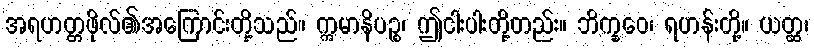
အရဟတ္တဖိုလ်၏အကြောင်းတို့သည်။ ဣမာနိပဉ္စ၊ ဤငါးပါးတို့တည်း။ ဘိက္ခဝေ၊ ရဟန်းတို့။ ယတ္ထ၊